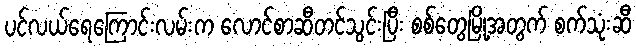
ပင်လယ်ရေကြောင်းလမ်းက လောင်စာဆီတင်သွင်းပြီး စစ်တွေမြို့အတွက် စက်သုံးဆီ